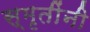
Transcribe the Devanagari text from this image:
स्मृतींनी